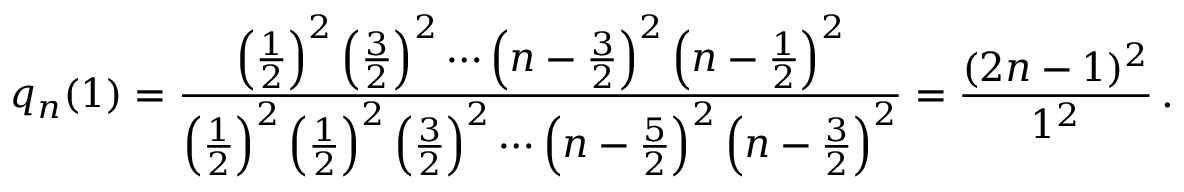
q _ { n } ( 1 ) = \frac { \left( \frac { 1 } { 2 } \right) ^ { 2 } \left( \frac { 3 } { 2 } \right) ^ { 2 } \cdots \left( n - \frac { 3 } { 2 } \right) ^ { 2 } \left( n - \frac { 1 } { 2 } \right) ^ { 2 } } { \left( \frac { 1 } { 2 } \right) ^ { 2 } \left( \frac { 1 } { 2 } \right) ^ { 2 } \left( \frac { 3 } { 2 } \right) ^ { 2 } \cdots \left( n - \frac { 5 } { 2 } \right) ^ { 2 } \left( n - \frac { 3 } { 2 } \right) ^ { 2 } } = \frac { ( 2 n - 1 ) ^ { 2 } } { 1 ^ { 2 } } \, .